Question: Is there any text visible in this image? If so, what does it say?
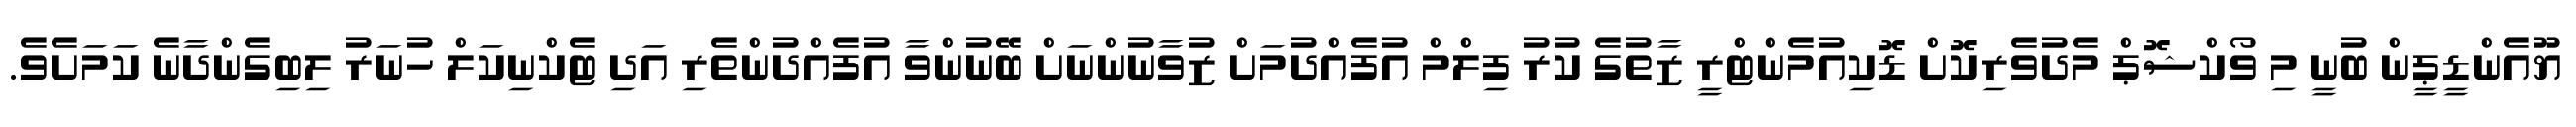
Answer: ޔޫއެންޑީޕީން ބުނީ މި ވޯކްޝޮޕް މެދުވެރިކޮށް ޑޮކިއުމެންޓްރީ ޒާތުގެ ކުރު ފިލްމް އުފެއްދުމަށް ޒުވާނުންނަށް ބޭނުންވާ އުފެއްދުންތެރި އަދި ޓެކްނިކަލް ހުނަރު ލިބިގެންދާނެ ކަމަށެވެ.